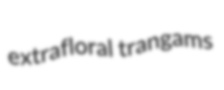
extrafloral trangams